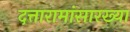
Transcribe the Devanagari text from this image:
दत्तारामांसारख्या